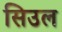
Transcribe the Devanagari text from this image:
सिउल